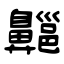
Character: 齆